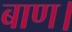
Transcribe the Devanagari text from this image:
बाण।